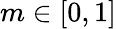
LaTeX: m\in\left[0,1\right]